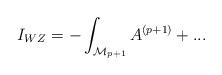
LaTeX: \begin{align*}I_{WZ}=-\int_{{\cal M}_{p+1}} A^{(p+1)}+...\end{align*}